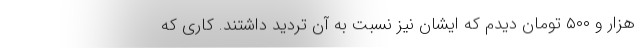
هزار و ۵۰۰ تومان دیدم که ایشان نیز نسبت به آن تردید داشتند. کاری که